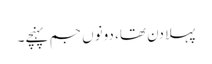
پہلا دن تھا، دونوں جم پہنچے۔